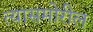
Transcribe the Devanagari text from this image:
त्यासमोरील